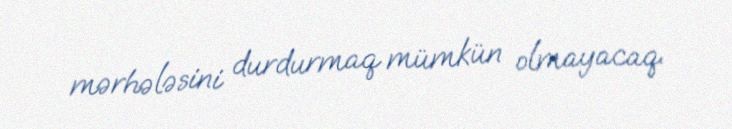
mərhələsini durdurmaq mümkün olmayacaq.